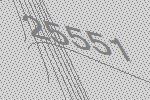
25551